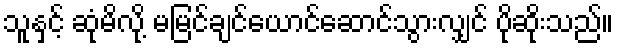
သူနှင့် ဆုံမိလို့ မမြင်ချင်ယောင်ဆောင်သွားလျှင် ပိုဆိုးသည်။